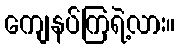
ကျေနပ်ကြရဲ့လား။